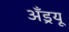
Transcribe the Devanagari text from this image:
अँड्रयू